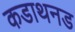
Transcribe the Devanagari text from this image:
कडाथनड